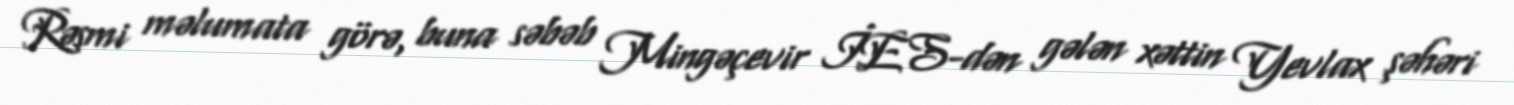
Rəsmi məlumata görə, buna səbəb Mingəçevir İES-dən gələn xəttin Yevlax şəhəri